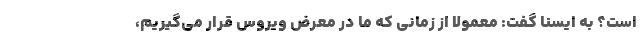
است؟ به ایسنا گفت: معمولا از زمانی که ما در معرض ویروس قرار می‌گیریم،